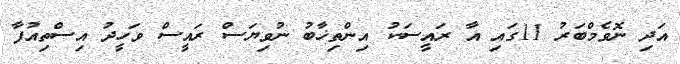
އަދި ނޮވެމްބަރު 11ގައި އާ ރައީސަކު އިންތިޚާބު ނުވިޔަސް ރައީސް ވަހީދު އިސްތިއުފާ